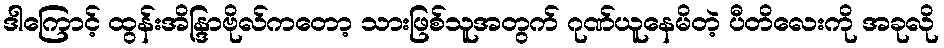
ဒါကြောင့် ထွန်းအိန္ဒြာဗိုလ်ကတော့ သားဖြစ်သူအတွက် ဂုဏ်ယူနေမိတဲ့ ပီတိလေးကို အခုလို